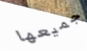
جميعها